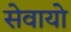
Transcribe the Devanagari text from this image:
सेवायो